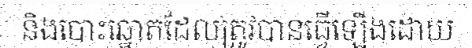
និងបោះឆ្នោតដែលត្រូវបានធ្វើឡើងដោយ